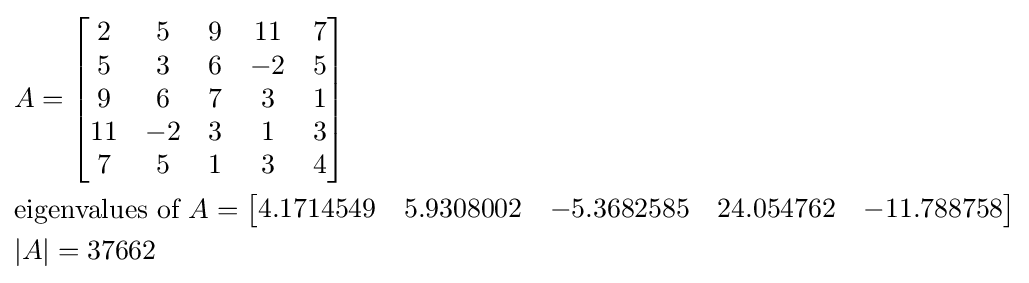
{\begin{aligned}&A={\begin{bmatrix}2&5&9&11&7\\5&3&6&-2&5\\9&6&7&3&1\\11&-2&3&1&3\\7&5&1&3&4\\\end{bmatrix}}\\&{\text{eigenvalues of }}A={\begin{bmatrix}4.1714549&5.9308002&-5.3682585&24.054762&-11.788758\end{bmatrix}}\\&|A|=37662\end{aligned}}